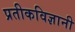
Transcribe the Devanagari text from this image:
प्रतीकविज्ञानी